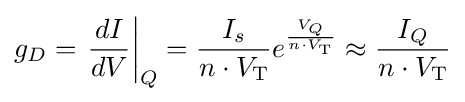
g_{D}=\left.{\frac {dI}{dV}}\right|_{Q}={\frac {I_{s}}{n\cdot V_{\text{T}}}}e^{\frac {V_{Q}}{n\cdot V_{\text{T}}}}\approx {\frac {I_{Q}}{n\cdot V_{\text{T}}}}